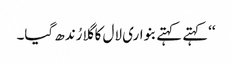
‘‘کہتے کہتے بنواری لال کا گلا رُندھ گیا۔